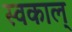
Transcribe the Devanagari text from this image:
स्वकाल्